Document type: Grant of rights
Year: 1280
Scribe: Pere Marc
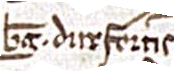
Berengarii Durfortis